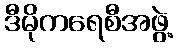
ဒီမိုကရေစီအဖွဲ့